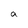
Character: a